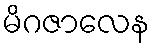
မိဂဇာလေန